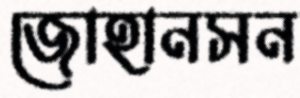
জোহানসন